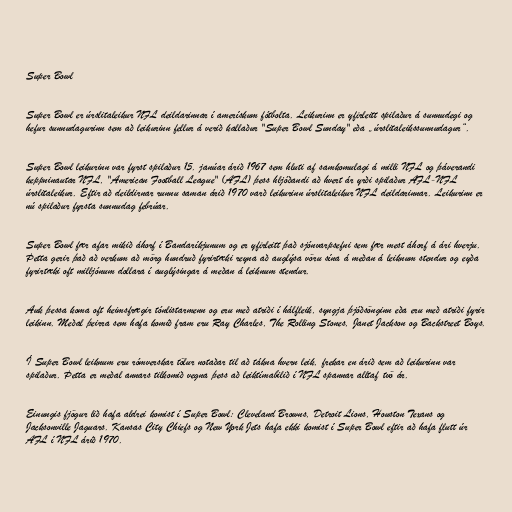
Super Bowl

Super Bowl er úrslitaleikur NFL deildarinnar í amerískum fótbolta. Leikurinn er yfirleitt spilaður á sunnudegi og
hefur sunnudagurinn sem að leikurinn fellur á verið kallaður "Super Bowl Sunday" eða „úrslitaleikssunnudagur“.

Super Bowl leikurinn var fyrst spilaður 15. janúar árið 1967 sem hluti af samkomulagi á milli NFL og þáverandi
keppninautar NFL, "American Football League" (AFL) þess hljóðandi að hvert ár yrði spilaður AFL-NFL
úrslitaleikur. Eftir að deildirnar runnu saman árið 1970 varð leikurinn úrslitaleikur NFL deildarinnar. Leikurinn er
nú spilaður fyrsta sunnudag febrúar.

Super Bowl fær afar mikið áhorf í Bandaríkjunum og er yfirleitt það sjónvarpsefni sem fær mest áhorf á ári hverju.
Þetta gerir það að verkum að mörg hundruð fyrirtæki reyna að auglýsa vöru sína á meðan á leiknum stendur og eyða
fyrirtæki oft milljónum dollara í auglýsingar á meðan á leiknum stendur.

Auk þessa koma oft heimsfrægir tónlistarmenn og eru með atriði í hálfleik, syngja þjóðsönginn eða eru með atriði fyrir
leikinn. Meðal þeirra sem hafa komið fram eru Ray Charles, The Rolling Stones, Janet Jackson og Backstreet Boys.

Í Super Bowl leiknum eru rómverskar tölur notaðar til að tákna hvern leik, frekar en árið sem að leikurinn var
spilaður. Þetta er meðal annars tilkomið vegna þess að leiktímabilið í NFL spannar alltaf tvö ár.

Einungis fjögur lið hafa aldrei komist í Super Bowl: Cleveland Browns, Detroit Lions, Houston Texans og
Jacksonville Jaguars. Kansas City Chiefs og New York Jets hafa ekki komist í Super Bowl eftir að hafa flutt úr
AFL í NFL árið 1970.